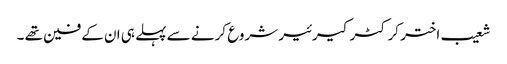
شعیب اختر کرکٹر کیرئیر شروع کرنے سے پہلے ہی ان کے فین تھے ۔